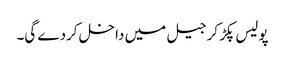
پولیس پکڑ کر جیل میں داخل کردے گی۔